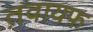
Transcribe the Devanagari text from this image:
त़वायफ़